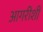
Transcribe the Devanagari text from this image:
आगरीशीं